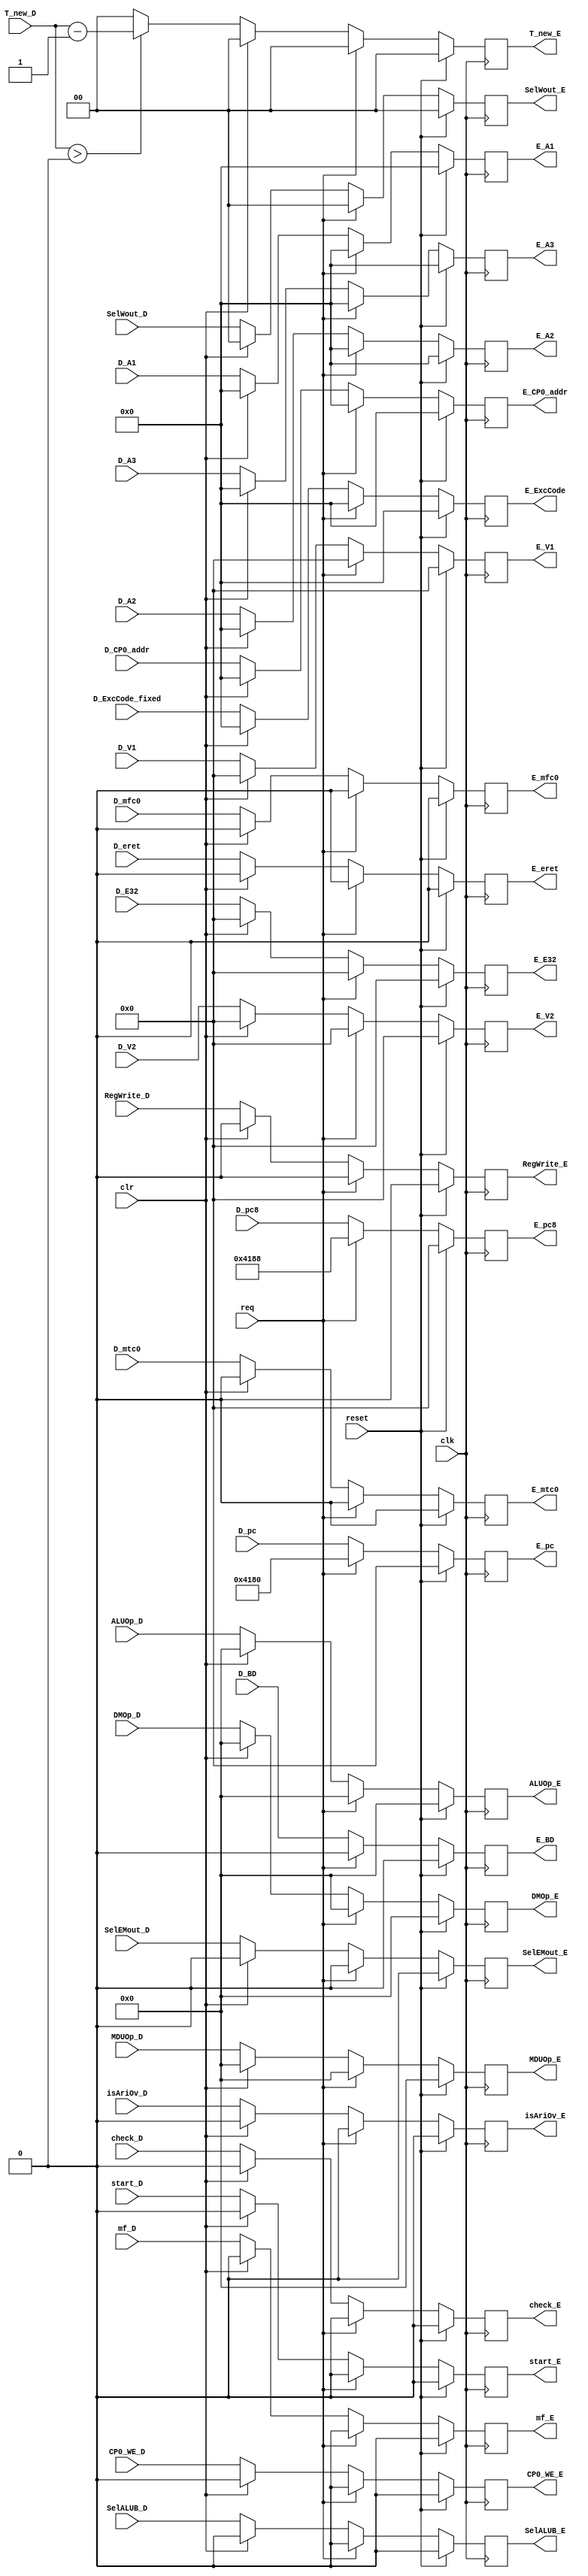
`timescale 1ns / 1ps
//////////////////////////////////////////////////////////////////////////////////
// Company: 
// Engineer: 
// 
// Design Name: 
// Module Name:    regE 
// Project Name: 
// Target Devices: 
// Tool versions: 
// Description: 
//
// Dependencies: 
//
// Revision: 
// Revision 0.01 - File Created
// Additional Comments: 
//
//////////////////////////////////////////////////////////////////////////////////
module regE(
input clk,
input reset,//tongbu reset
input clr, // stall
input req,
input [31:0] D_V1,
input [31:0] D_V2,
input [4:0] D_A1,
input [4:0] D_A2,
input [4:0] D_A3,
input [4:0] D_ExcCode_fixed,
input isAriOv_D,
input D_eret,
input D_BD,
input D_mfc0,
input D_mtc0,
input [4:0] D_CP0_addr,
input CP0_WE_D,
input check_D,
input start_D,
input mf_D,
input [31:0] D_E32,
input [31:0] D_pc,
input [31:0] D_pc8,
input [1:0] T_new_D,
input RegWrite_D,
input [1:0] SelWout_D,
input SelEMout_D,
input SelALUB_D,
input [3:0] ALUOp_D,
input [3:0] DMOp_D,
input [3:0] MDUOp_D,
output [31:0] E_V1,
output [31:0] E_V2,
output [4:0] E_A1,
output [4:0] E_A2,
output [4:0] E_A3,
output [4:0] E_ExcCode,
output isAriOv_E,
output E_eret,
output E_BD,
output CP0_WE_E,
output [4:0] E_CP0_addr,
output E_mfc0,
output E_mtc0,
output check_E,
output start_E,
output mf_E,
output [31:0] E_E32,
output [31:0] E_pc,
output [31:0] E_pc8,
output [1:0] T_new_E,
output RegWrite_E,
output SelEMout_E,
output [1:0] SelWout_E,
output SelALUB_E,
output [3:0] ALUOp_E,
output [3:0] DMOp_E,
output [3:0] MDUOp_E
    );
reg [31:0] V1;
reg [31:0] V2;
reg [4:0] A1;
reg [4:0] A2;
reg [4:0] A3;
reg [31:0] E32;
reg [31:0] pc;
reg [31:0] pc8;
reg [1:0] T_new;
reg RegWrite;
reg [1:0] SelWout;
reg SelEMout;
reg SelALUB;
reg [3:0] ALUOp;
reg [3:0] DMOp;
reg [3:0] MDUOp;
reg check;
reg start;
reg mf;
reg [4:0] ExcCode;
reg isAriOv;
reg eret;
reg CP0_WE;
reg BD;
reg [4:0] CP0_addr;
reg mfc0;
reg mtc0;

always@(posedge clk) begin
	if(reset) begin
	V1 <= 32'b0;
	V2 <= 32'b0; 
	A1 <= 5'b0;
	A2 <= 5'b0;
	A3 <= 5'b0;
	E32 <= 32'b0;
	pc <= 32'b0;
	pc8 <= 32'b0;
	T_new <= 2'b0;
	RegWrite <= 1'b0;
	SelWout <= 2'b0;
	SelEMout <= 1'b0;
	SelALUB <= 1'b0;
	ALUOp <= 3'b0;
	DMOp <= 4'b0;
	MDUOp <= 4'b0;
	check <= 1'b0;
	start <= 1'b0;
	mf <= 1'b0;
	ExcCode <= 5'b0;
	isAriOv <= 1'b0;
	eret <= 1'b0;
	CP0_WE <= 1'b0; 
	BD <= 32'h0;
	CP0_addr <= 5'b0;
	mfc0 <= 1'b0;
	mtc0 <= 1'b0;
	end
	else if(req) begin
	V1 <= 32'b0;
	V2 <= 32'b0; 
	A1 <= 5'b0;
	A2 <= 5'b0;
	A3 <= 5'b0;
	E32 <= 32'b0;
	pc <=  32'h0000_4180 ;
	pc8 <=  32'h0000_4188 ;
	T_new <= 2'b0;
	RegWrite <= 1'b0;
	SelWout <= 2'b0;
	SelEMout <= 1'b0;
	SelALUB <= 1'b0;
	ALUOp <= 3'b0;
	DMOp <= 4'b0;
	MDUOp <= 4'b0;
	check <= 1'b0;
	start <= 1'b0;
	mf <= 1'b0;
	ExcCode <= 5'b0;
	isAriOv <= 1'b0;
	eret <= 1'b0;
	CP0_WE <= 1'b0; 
	BD <=  1'b0;
	CP0_addr <= 5'b0;
	mfc0 <= 1'b0;
	mtc0 <= 1'b0;
	end
	else if(clr)begin
	V1 <= 32'b0;
	V2 <= 32'b0; 
	A1 <= 5'b0;
	A2 <= 5'b0;
	A3 <= 5'b0;
	E32 <= 32'b0;
	pc <=  D_pc ;
	pc8 <=  D_pc8 ;
	T_new <= 2'b0;
	RegWrite <= 1'b0;
	SelWout <= 2'b0;
	SelEMout <= 1'b0;
	SelALUB <= 1'b0;
	ALUOp <= 3'b0;
	DMOp <= 4'b0;
	MDUOp <= 4'b0;
	check <= 1'b0;
	start <= 1'b0;
	mf <= 1'b0;
	ExcCode <= 5'b0;
	isAriOv <= 1'b0;
	eret <= 1'b0;
	CP0_WE <= 1'b0; 
	BD <=  D_BD;
	CP0_addr <= 5'b0;
	mfc0 <= 1'b0;
	mtc0 <= 1'b0;	
	end
	else begin
	V1 <= D_V1;
	V2 <= D_V2;
	A1 <= D_A1;
	A2 <= D_A2;
	A3 <= D_A3;
	check <= check_D;
	start <= start_D;
	mf <= mf_D;
	E32 <= D_E32;
	pc <= D_pc;
	pc8 <= D_pc8;
	T_new <= (T_new_D > 2'b00) ? (T_new_D - 2'b01) : 2'b00;
	RegWrite <= RegWrite_D;
	SelWout <= SelWout_D;
	SelEMout <= SelEMout_D;
	SelALUB <= SelALUB_D;
	ALUOp <= ALUOp_D;
	DMOp <= DMOp_D;
	MDUOp <= MDUOp_D;
	ExcCode <= D_ExcCode_fixed; 
	isAriOv <= isAriOv_D;
	eret <= D_eret;
	CP0_WE <= CP0_WE_D;
	BD <= D_BD;
	CP0_addr <= D_CP0_addr;
	mfc0 <= D_mfc0; 
	mtc0 <= D_mtc0;
	end
end
assign E_V1 = V1;
assign E_V2 = V2;
assign E_A1 = A1;
assign E_A2 = A2;
assign E_A3 = A3;
assign check_E = check;
assign start_E = start;
assign mf_E = mf;
assign E_E32 = E32;
assign E_pc = pc;
assign E_pc8 = pc8;
assign T_new_E = T_new;
assign RegWrite_E = RegWrite;
assign SelWout_E = SelWout;
assign SelEMout_E = SelEMout;
assign SelALUB_E = SelALUB;
assign ALUOp_E = ALUOp;
assign DMOp_E = DMOp;
assign MDUOp_E = MDUOp;
assign E_ExcCode = ExcCode;
assign isAriOv_E = isAriOv;
assign E_eret = eret;
assign CP0_WE_E = CP0_WE;
assign E_BD = BD;
assign E_CP0_addr = CP0_addr;
assign E_mfc0 = mfc0;
assign E_mtc0 = mtc0;
endmodule